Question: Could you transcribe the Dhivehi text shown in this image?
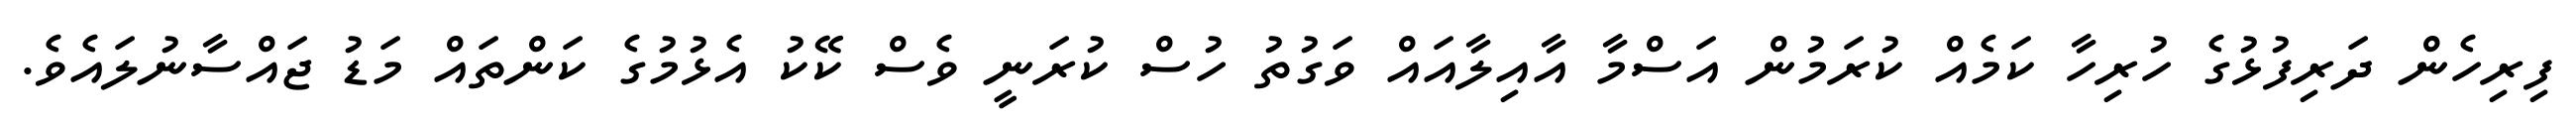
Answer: ފިރިހެން ދަރިފުޅުގެ ހުރިހާ ކަމެއް ކުރަމުން އަސްމާ އާއިލާއައް ވަގުތު ހުސް ކުރަނީ ވެސް ކޭކު އެޅުމުގެ ކަންތައް މަޑު ޖައްސާނުލައެވެ.